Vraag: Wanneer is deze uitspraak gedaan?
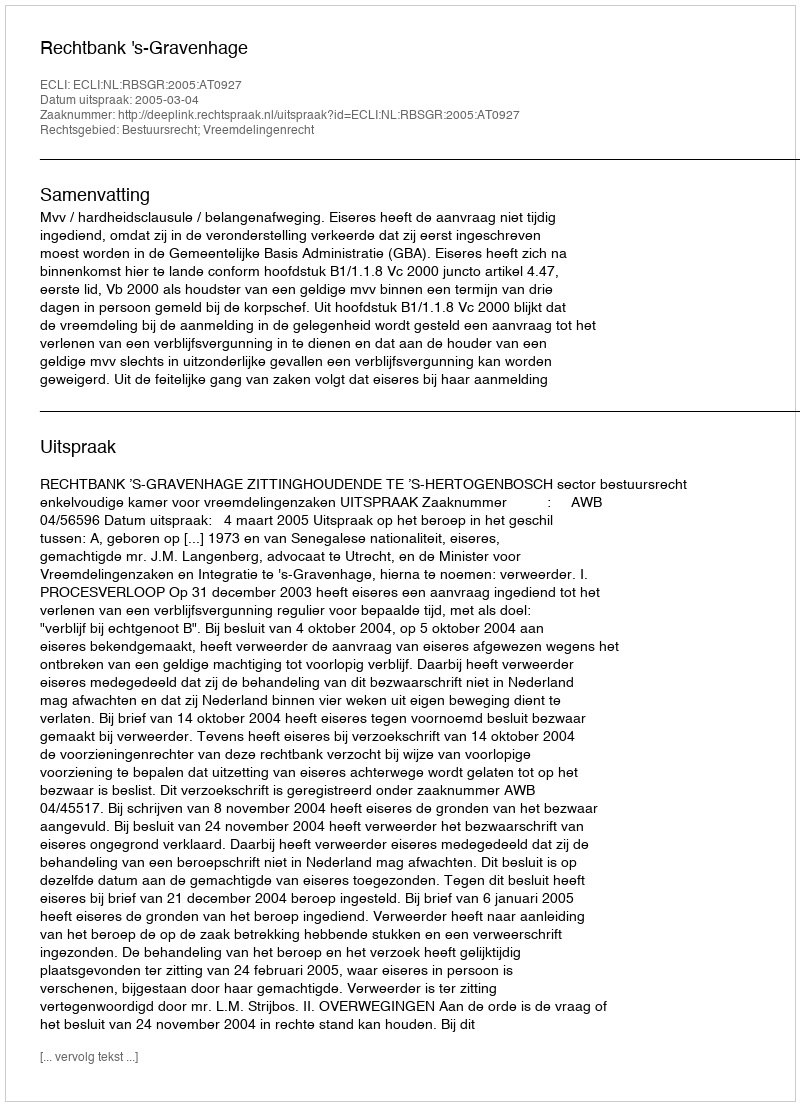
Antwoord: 2005-03-04